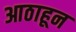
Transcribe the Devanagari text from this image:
आठाहून